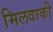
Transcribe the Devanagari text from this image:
मिलवाकी